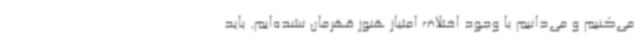
می‌کنیم و می‌دانیم با وجود اختلاف امتیاز هنوز قهرمان نشده‌ایم. باید